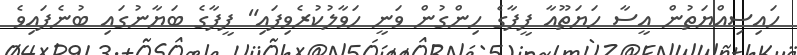
ހައިސިއްޔަތުން އީސާ ހަޔަތޫއާ ފީފާގެ ހިންގުން ވަނީ ހަވާލުކުރެވިފައި" ފީފާގެ ބަޔާނުގައި ބުނެފައިވެ